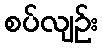
စပ်လျဉ်း